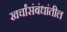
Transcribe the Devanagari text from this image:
खर्चांसंबंधांतील